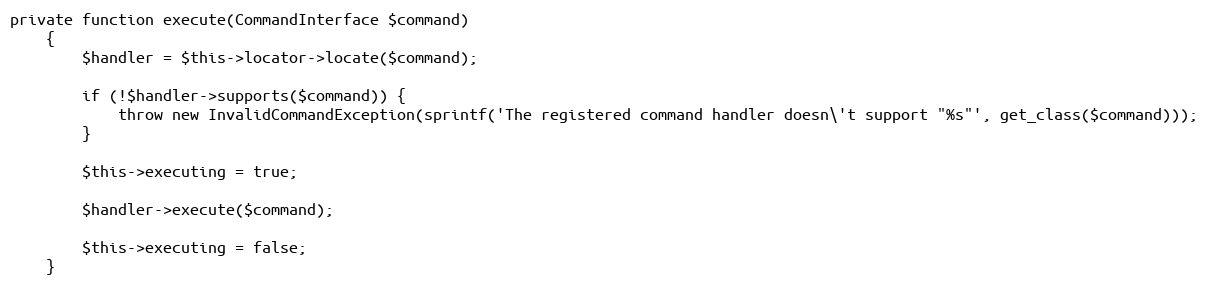
Language: PHP
private function execute(CommandInterface $command)
    {
        $handler = $this->locator->locate($command);

        if (!$handler->supports($command)) {
            throw new InvalidCommandException(sprintf('The registered command handler doesn\'t support "%s"', get_class($command)));
        }

        $this->executing = true;

        $handler->execute($command);

        $this->executing = false;
    }